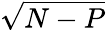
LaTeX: \sqrt{N-P}